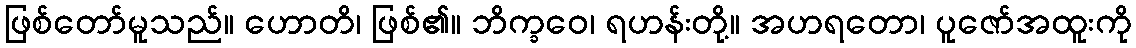
ဖြစ်တော်မူသည်။ ဟောတိ၊ ဖြစ်၏။ ဘိက္ခဝေ၊ ရဟန်းတို့။ အဟရတော၊ ပူဇော်အထူးကို